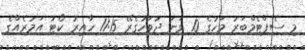
މި ސެޕްޓެމްބަރު މަހުގެ 10 ވަނަ ދުވަހުގެރޭ 11:15 ހާއިރު ކޯޓު އަމުރެއްގެ